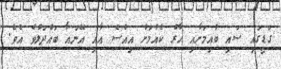
ގަޑީގައި ސައި ބުއިމަށާއި ހާރު ކެއުމަށް އިއްސެ އާއި އޭނައާ ބައްދަލުވެ އެވެ.